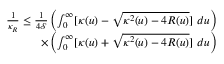
\begin{array} { r } { \frac { 1 } { \kappa _ { R } } \leq \frac { 1 } { 4 \mathscr { S } } \left( \int _ { 0 } ^ { \infty } [ \kappa ( u ) - \sqrt { \kappa ^ { 2 } ( u ) - 4 R ( u ) } ] ~ d u \right) } \\ { \times \left( \int _ { 0 } ^ { \infty } [ \kappa ( u ) + \sqrt { \kappa ^ { 2 } ( u ) - 4 R ( u ) } ] ~ d u \right) } \end{array}